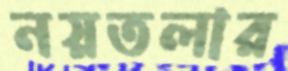
নয়তলার